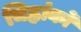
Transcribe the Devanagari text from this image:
चिह्नांकों